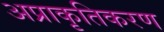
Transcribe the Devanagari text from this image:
अप्राकृतिकरण